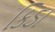
કિડા